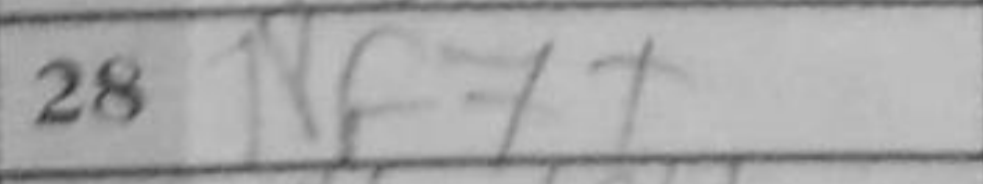
Transcription: Nf7+